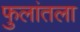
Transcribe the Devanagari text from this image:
फुलांतला